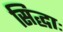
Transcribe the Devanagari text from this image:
सिद्धाः